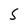
Character: S